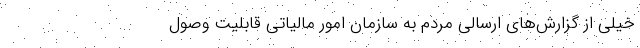
خیلی از گزارش‌های ارسالی مردم به سازمان امور مالیاتی قابلیت وصول